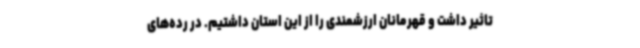
تاثیر داشت و قهرمانان ارزشمندی را از این استان داشتیم. در رده‌های